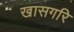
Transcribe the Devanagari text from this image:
खासगरि